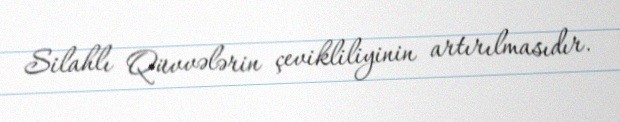
Silahlı Qüvvələrin çevikliliyinin artırılmasıdır.